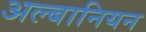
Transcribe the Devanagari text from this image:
अल्बानियन